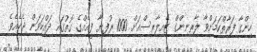
ހިންގާ ފަރާތްކަމަށްވާ ލާރނިންގް ޓެއިލާރސްއަށް 1000 ރުފިޔާ ފީއެއްގެ ގޮތުގައި ދައްކަވަން ޖެހެއެވެ.